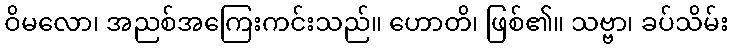
ဝိမလော၊ အညစ်အကြေးကင်းသည်။ ဟောတိ၊ ဖြစ်၏။ သဗ္ဗာ၊ ခပ်သိမ်း